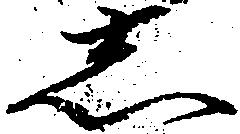
志